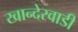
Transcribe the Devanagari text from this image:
खान्देरवाडी